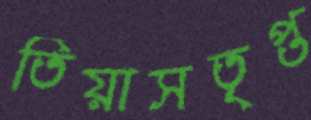
তিয়াসতৃপ্ত